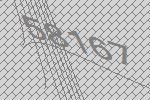
58167